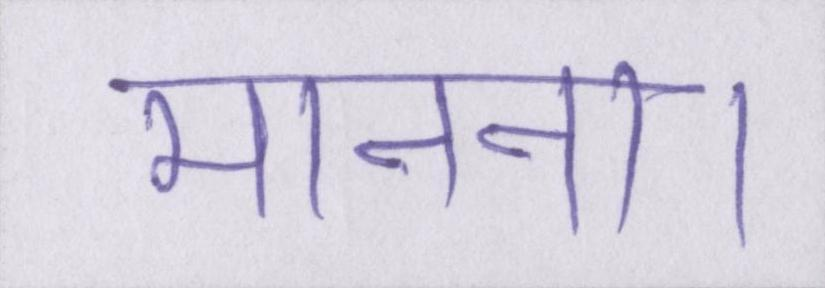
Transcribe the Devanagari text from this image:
मानना।